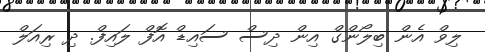
ލިވް އެން ބިލޯންގް އިން ދިސް ސައިޑް އޮފް ލައިފް. ދި ރިއަލް